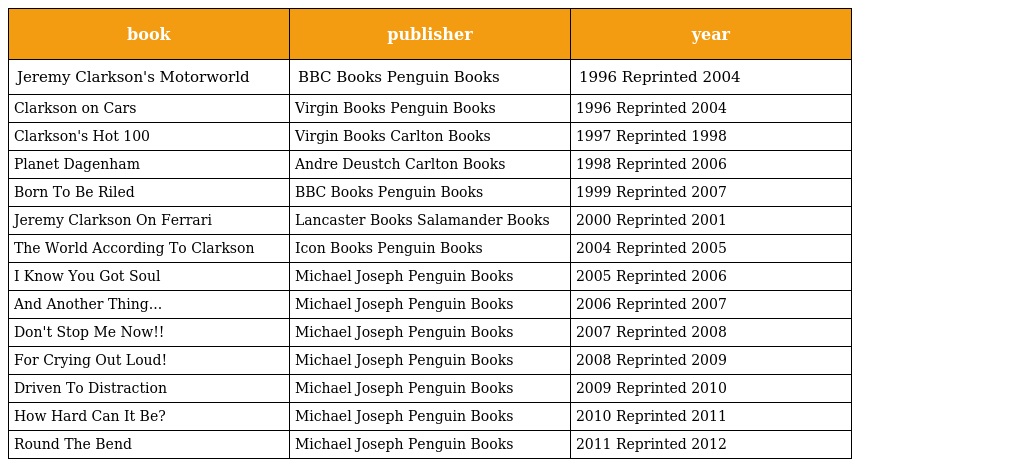
| book | publisher | year |
 | --- | --- | --- |
 | Jeremy Clarkson's Motorworld | BBC Books Penguin Books | 1996 Reprinted 2004 |
 | Clarkson on Cars | Virgin Books Penguin Books | 1996 Reprinted 2004 |
 | Clarkson's Hot 100 | Virgin Books Carlton Books | 1997 Reprinted 1998 |
 | Planet Dagenham | Andre Deustch Carlton Books | 1998 Reprinted 2006 |
 | Born To Be Riled | BBC Books Penguin Books | 1999 Reprinted 2007 |
 | Jeremy Clarkson On Ferrari | Lancaster Books Salamander Books | 2000 Reprinted 2001 |
 | The World According To Clarkson | Icon Books Penguin Books | 2004 Reprinted 2005 |
 | I Know You Got Soul | Michael Joseph Penguin Books | 2005 Reprinted 2006 |
 | And Another Thing... | Michael Joseph Penguin Books | 2006 Reprinted 2007 |
 | Don't Stop Me Now!! | Michael Joseph Penguin Books | 2007 Reprinted 2008 |
 | For Crying Out Loud! | Michael Joseph Penguin Books | 2008 Reprinted 2009 |
 | Driven To Distraction | Michael Joseph Penguin Books | 2009 Reprinted 2010 |
 | How Hard Can It Be? | Michael Joseph Penguin Books | 2010 Reprinted 2011 |
 | Round The Bend | Michael Joseph Penguin Books | 2011 Reprinted 2012 |